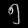
Digit: ၅